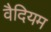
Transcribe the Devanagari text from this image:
वैदियम